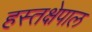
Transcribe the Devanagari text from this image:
हस्तक्षेपाल